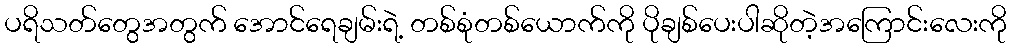
ပရိသတ်တွေအတွက် အောင်ရေချမ်းရဲ့ တစ်စုံတစ်ယောက်ကို ပိုချစ်ပေးပါဆိုတဲ့အကြောင်းလေးကို